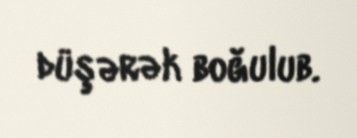
düşərək boğulub.